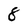
Character: 8